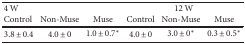
| <COLSPAN=3> 4 W | <COLSPAN=3> 12 W |
 | Control | Non-Muse | Muse | Control | Non-Muse | Muse |
 | --- | --- | --- | --- | --- | --- |
 | 3.8 ± 0.4 | 4.0 ± 0 | 1.0 ± 0.7∗ | 4.0 ± 0 | 3.0 ± 0∗ | 0.3 ± 0.5∗ |